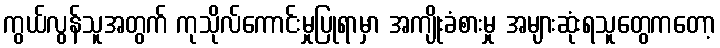
ကွယ်လွန်သူအတွက် ကုသိုလ်ကောင်းမှုပြုရာမှာ အကျိုးခံစားမှု အများဆုံးရသူတွေကတော့